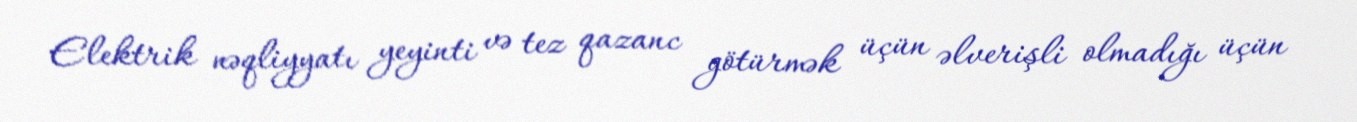
Elektrik nəqliyyatı yeyinti və tez qazanc götürmək üçün əlverişli olmadığı üçün